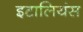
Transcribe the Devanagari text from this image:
इटालियंस